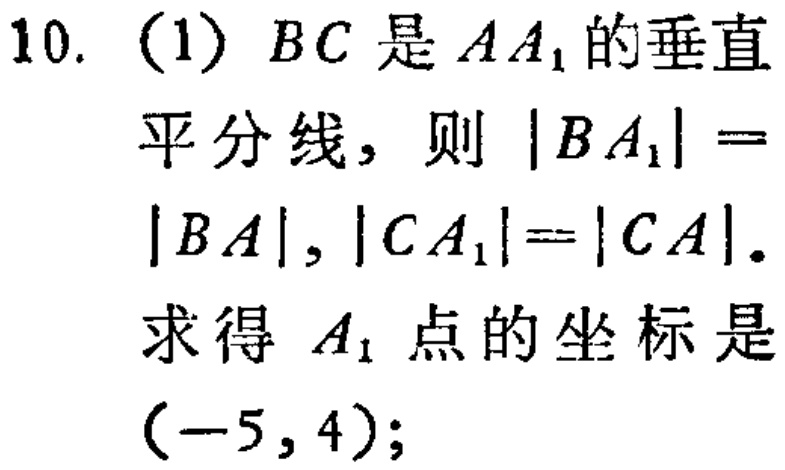
10. (1) \(BC\)是\(AA_{1}\)的垂直平分线，则\(\vert BA_{1}\vert = \vert BA\vert\)，\(\vert CA_{1}\vert=\vert CA\vert\). 求得 \(A_{1}\)点的坐标是\((-5,4)\);